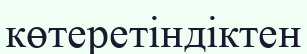
көтеретіндіктен